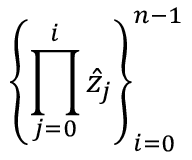
\left\{ \prod _ { j = 0 } ^ { i } \hat { z } _ { j } \right\} _ { i = 0 } ^ { n - 1 }